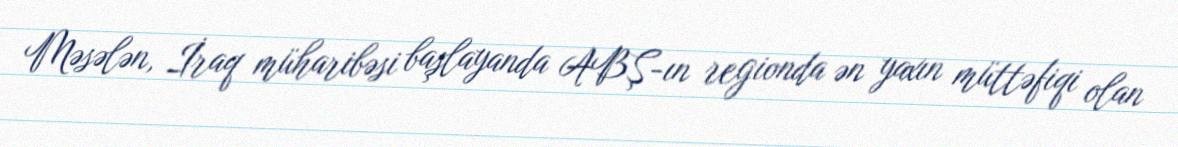
Məsələn, İraq müharibəsi başlayanda ABŞ-ın regionda ən yaxın müttəfiqi olan